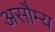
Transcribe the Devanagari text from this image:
असौम्य